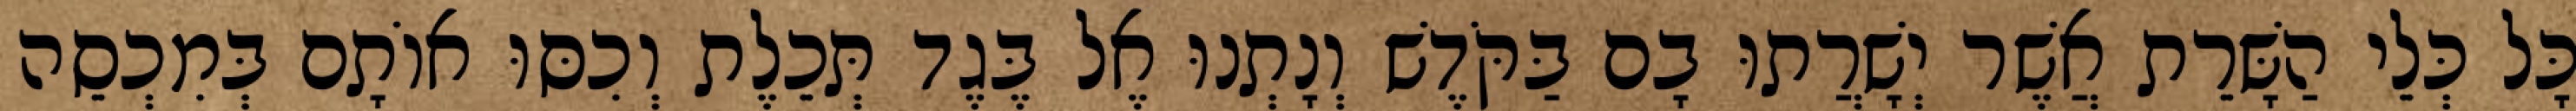
כָּל כְּלֵי הַשָּׁרֵת אֲשֶׁר יְשָׁרֲתוּ בָם בַּקֹּדֶשׁ וְנָתְנוּ אֶל בֶּגֶד תְּכֵלֶת וְכִסּוּ אוֹתָם בְּמִכְסֵה